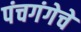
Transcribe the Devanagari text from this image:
पंचगंगेचे